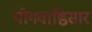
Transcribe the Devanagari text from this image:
योगवाष्ठिसार